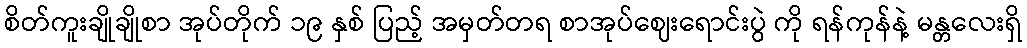
စိတ်ကူးချိုချိုစာ အုပ်တိုက် ၁၉ နှစ် ပြည့် အမှတ်တရ စာအုပ်ဈေးရောင်းပွဲ ကို ရန်ကုန်နဲ့ မန္တလေးရှိ